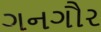
ગનગૌર